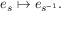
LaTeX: e _ { s } \mapsto e _ { s ^ { - 1 } } .